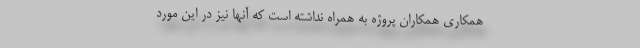
همکاری همکاران پروژه به همراه نداشته است که آنها نیز در این مورد